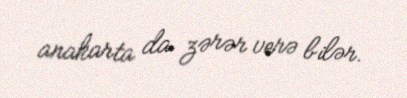
anakarta da zərər verə bilər.